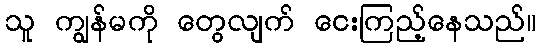
သူ ကျွန်မကို တွေလျက် ငေးကြည့်နေသည်။